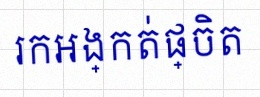
រកអង្កត់ផ្ចិត